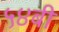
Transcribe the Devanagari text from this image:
५४बी